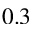
0 . 3